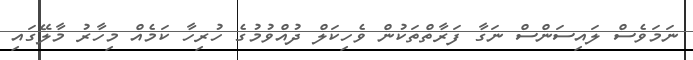
ނަމަވެސް ލައިސަންސް ނަގާ ފަރާތްތަކުން ވެހިކަލް ދުއްވުމުގެ ހުރިހާ ކަމެއް މިހާރު މާލޭގައި